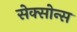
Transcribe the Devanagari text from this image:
सेक्सोन्स